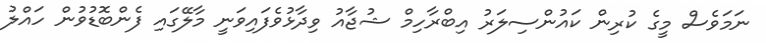
ނަމަވެސް މީގެ ކުރިން ކައުންސިލަރު އިބްރާހިމް ޝުޖާއު ވިދާޅުވެފައިވަނީ މާލޭގައި ފެންބޮޑުވުން ހައްލު